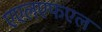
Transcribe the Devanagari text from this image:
एएलएफएल